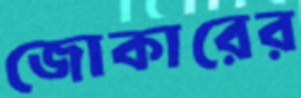
জোকারের